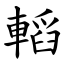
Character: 轁